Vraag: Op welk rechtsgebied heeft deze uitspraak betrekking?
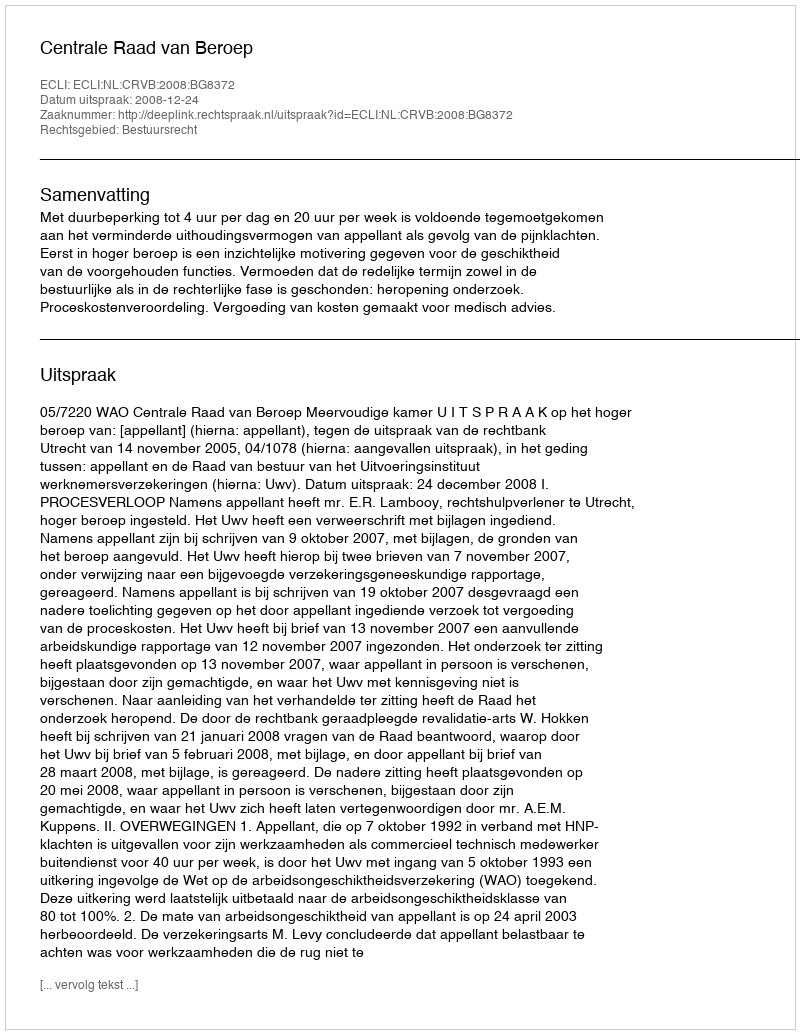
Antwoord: Bestuursrecht